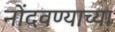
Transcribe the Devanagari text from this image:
नोंदवण्याच्या